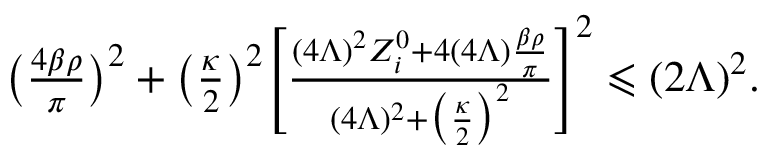
\begin{array} { r } { \big ( \frac { 4 \beta \rho } { \pi } \big ) ^ { 2 } + \big ( \frac { \kappa } { 2 } \big ) ^ { 2 } \Bigg [ \frac { ( 4 \Lambda ) ^ { 2 } Z _ { i } ^ { 0 } + 4 ( 4 \Lambda ) \frac { \beta \rho } { \pi } } { ( 4 \Lambda ) ^ { 2 } + \big ( \frac { \kappa } { 2 } \big ) ^ { 2 } } \Bigg ] ^ { 2 } \leqslant ( 2 \Lambda ) ^ { 2 } . \ \ } \end{array}